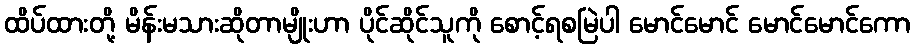
ထိပ်ထားတို့ မိန်းမသားဆိုတာမျိုးဟာ ပိုင်ဆိုင်သူကို စောင့်ရစမြဲပါ မောင်မောင် မောင်မောင်ကော